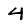
Digit: 4